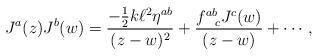
LaTeX: \begin{align*}J^{a}(z)J^{b}(w) = \frac{-\frac{1}{2}k \ell ^{2} \eta ^{ab}}{(z-w)^{2}} +\frac{f^{ab}_{~~c}J^{c}(w)}{(z-w)} + \cdots,\end{align*}